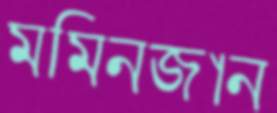
মমিনজান